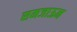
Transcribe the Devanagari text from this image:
समजाऊन